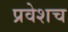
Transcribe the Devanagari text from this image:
प्रवेशच